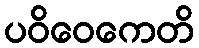
ပဝိဝေကေတိ